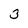
Character: 3